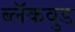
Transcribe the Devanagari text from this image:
ब्लॅकवुड